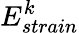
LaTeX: E_{strain}^{k}